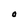
Character: O